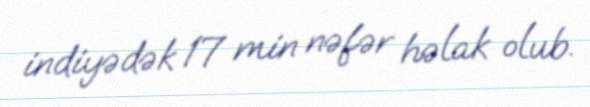
indiyədək 17 min nəfər həlak olub.